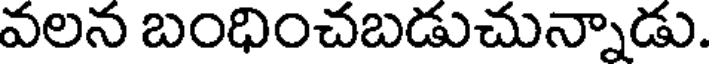
వలన బంధించబడుచున్నాడు.